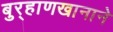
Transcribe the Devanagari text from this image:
बुर्‍हाणखानाने